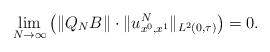
LaTeX: \begin{align*}\lim_{N\to\infty} \left(\|Q_N B\|\cdot\|u^{N}_{x^{0},x^{1}}\|_{L^2(0,\tau)}\right) =0. \end{align*}